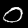
Label: 0